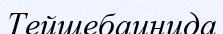
Тейшебаинида